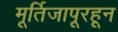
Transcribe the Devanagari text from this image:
मूर्तिजापूरहून